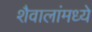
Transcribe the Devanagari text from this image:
शैवालांमध्ये